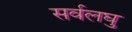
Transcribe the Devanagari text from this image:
सर्वलघु